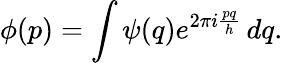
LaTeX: \phi(p)=\int\psi(q)e^{2\pi i{\frac{pq}{h}}}\, dq.